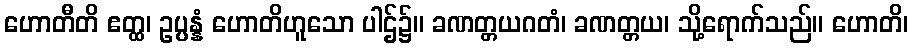
ဟောတီတိ ဧတ္ထ၊ ဥပ္ပန္နံ ဟောတိဟူသော ပါဌ်၌။ ခဏတ္တယဂတံ၊ ခဏတ္တယ၊ သို့ရောက်သည်။ ဟောတိ၊